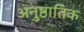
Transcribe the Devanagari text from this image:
अनुष्ठातिक